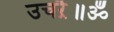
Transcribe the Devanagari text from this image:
उचऱै॥ॐ